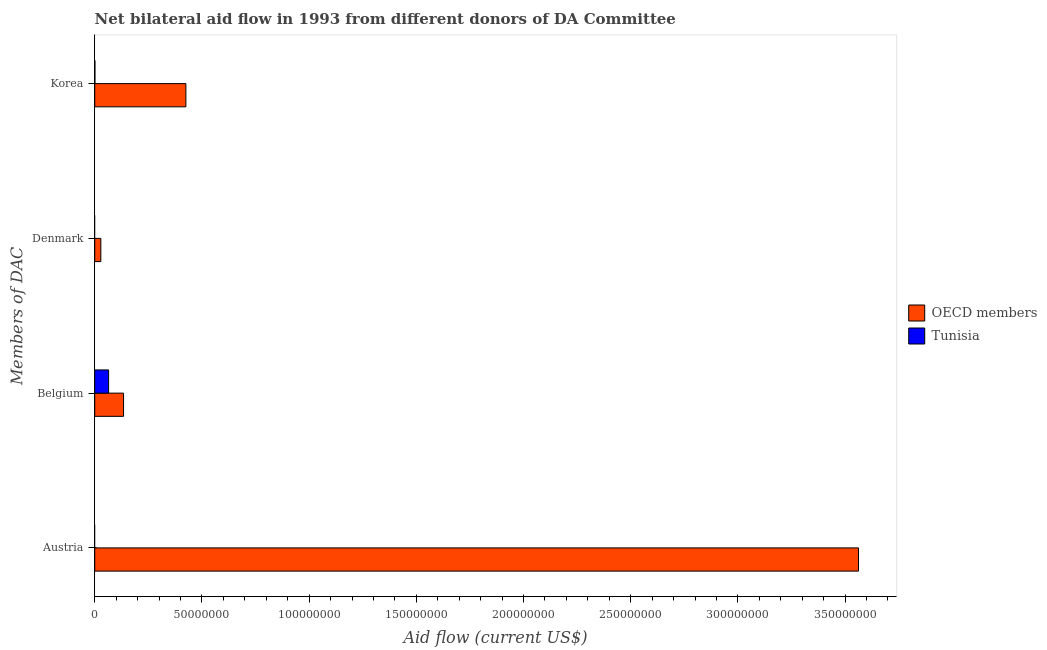
| Members of DAC | OECD members | Tunisia |
 | --- | --- | --- |
 | Austria | 3.56e+08 | -1.19e+07 |
 | Belgium | 1.34e+07 | 6.47e+06 |
 | Denmark | 2.84e+06 | -3.6e+05 |
 | Korea | 4.25e+07 | 8e+04 |